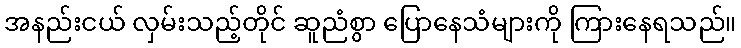
အနည်းငယ် လှမ်းသည့်တိုင် ဆူညံစွာ ပြောနေသံများကို ကြားနေရသည်။